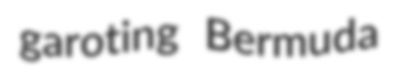
garoting Bermuda